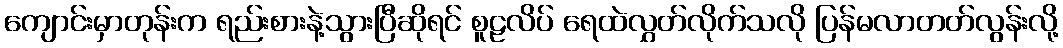
ကျောင်းမှာတုန်းက ရည်းစားနဲ့သွားပြီဆိုရင် စူဠလိပ် ရေထဲလွှတ်လိုက်သလို ပြန်မလာတတ်လွန်းလို့